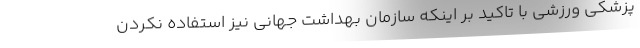
پزشکی ورزشی با تاکید بر اینکه سازمان بهداشت جهانی نیز استفاده نکردن